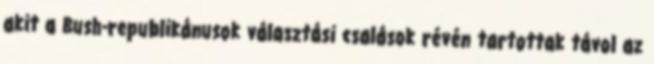
akit a Bush-republikánusok választási csalások révén tartottak távol az